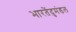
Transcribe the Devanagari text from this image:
भारतेंदुमंडल